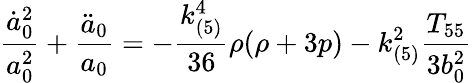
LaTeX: \frac{\dot{a}_{0}^{2}}{a_{0}^{2}}+\frac{\ddot{a}_{0}}{a_{0}}=-\frac{k_{(5)}^{4}}{36}\rho(\rho+3p)-k_{(5)}^{2}\frac{T_{55}}{3b_{0}^{2}}